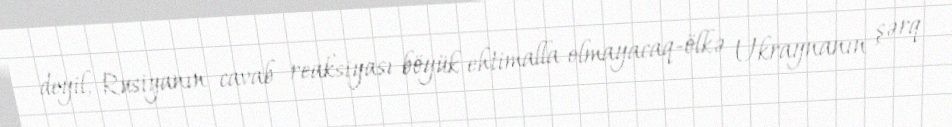
deyil, Rusiyanın cavab reaksiyası böyük ehtimalla olmayacaq-ölkə Ukraynanın şərq